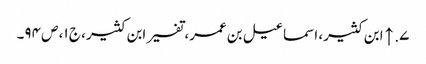
۷. ↑ ابن کثیر، اسماعیل بن عمر، تفسیر ابن کثیر، ج ۱، ص ۹۴۔